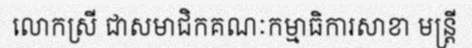
លោកស្រី ជាសមាជិកគណៈកម្មាធិការសាខា មន្ត្រី